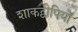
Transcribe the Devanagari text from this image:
शाकद्वीपियों